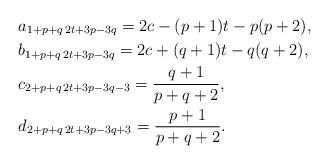
LaTeX: \begin{align*} &a_{1+p+q\,2t+3p-3q}=2c-(p+1)t-p(p+2),\\ &b_{1+p+q\,2t+3p-3q}=2c+(q+1)t-q(q+2),\\ &c_{2+p+q\,2t+3p-3q-3}=\frac{q+1}{p+q+2},\\ &d_{2+p+q\,2t+3p-3q+3}=\frac{p+1}{p+q+2}.\end{align*}